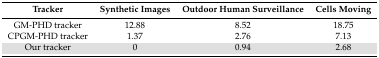
<table><thead><tr><td><b>Tracker</b></td><td><b>Synthetic Images</b></td><td><b>Outdoor Human Surveillance</b></td><td><b>Cells Moving</b></td></tr></thead><tbody><tr><td>GM-PHD tracker</td><td>12.88</td><td>8.52</td><td>18.75</td></tr><tr><td>CPGM-PHD tracker</td><td>1.37</td><td>2.76</td><td>7.13</td></tr><tr><td>Our tracker</td><td>0</td><td>0.94</td><td>2.68</td></tr></tbody></table>